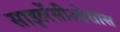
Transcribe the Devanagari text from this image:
साइलेंसीओसोस